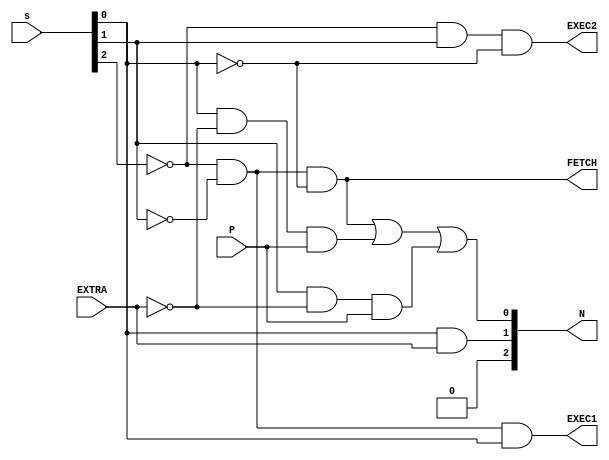
module state_machine(input EXTRA,
                     input P,
                     output FETCH,
                     output EXEC1,
                     output EXEC2,
                     output [2:0] N,
                     input [2:0] s);

    assign N[2]  = 0;
    assign N[1]  = s[0] & EXTRA;
    assign N[0]  = (!s[2] & !s[1] & !s[0]) | (s[0] & !EXTRA & P) | (s[1] & !EXTRA & P);
    assign FETCH = !s[2] & !s[1] & !s[0];
    assign EXEC1 = !s[2] & !s[1] & s[0];
    assign EXEC2 = !s[2] &  s[1] & !s[0];

endmodule